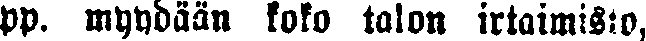
pp. myydään koko talon irtaimisto,